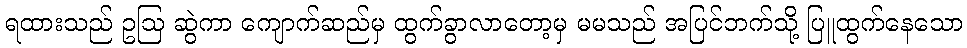
ရထားသည် ဥဩ ဆွဲကာ ကျောက်ဆည်မှ ထွက်ခွာလာတော့မှ မမသည် အပြင်ဘက်သို့ ပြူထွက်နေသော